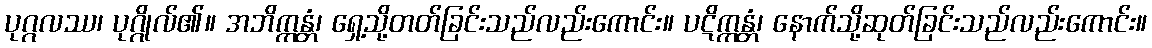
ပုဂ္ဂလဿ၊ ပုဂ္ဂိုလ်၏။ အဘိက္ကန္တံ၊ ရှေ့သို့တတ်ခြင်းသည်လည်းကောင်း။ ပဋိက္ကန္တံ၊ နောက်သို့ဆုတ်ခြင်းသည်လည်းကောင်း။